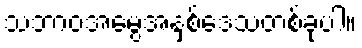
သဘာဝအမွေအနှစ်ဒေသတစ်ခုပါ။